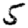
Digit: 5